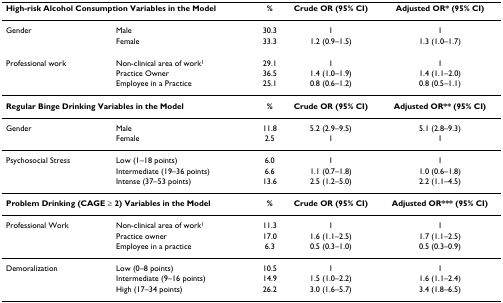
<table><thead><tr><td colspan="2"><b>High-risk Alcohol Consumption Variables in the Model</b></td><td><b>%</b></td><td><b>Crude OR (95% CI)</b></td><td><b>Adjusted OR* (95% CI)</b></td></tr></thead><tbody><tr><td>Gender</td><td>Male</td><td>30.3</td><td>1</td><td>1</td></tr><tr><td>[EMPTY_CELL]</td><td>Female</td><td>33.3</td><td>1.2 (0.9–1.5)</td><td>1.3 (1.0–1.7)</td></tr><tr><td>Professional work</td><td>Non-clinical area of work<sup>1</sup></td><td>29.1</td><td>1</td><td>1</td></tr><tr><td>[EMPTY_CELL]</td><td>Practice Owner</td><td>36.5</td><td>1.4 (1.0–1.9)</td><td>1.4 (1.1–2.0)</td></tr><tr><td>[EMPTY_CELL]</td><td>Employee in a Practice</td><td>25.1</td><td>0.8 (0.6–1.2)</td><td>0.8 (0.5–1.1)</td></tr><tr><td colspan="2"><b>Regular Binge Drinking Variables in the Model</b></td><td><b>%</b></td><td><b>Crude OR (95% CI)</b></td><td><b>Adjusted OR** (95% CI)</b></td></tr><tr><td>Gender</td><td>Male</td><td>11.8</td><td>5.2 (2.9–9.5)</td><td>5.1 (2.8–9.3)</td></tr><tr><td>[EMPTY_CELL]</td><td>Female</td><td>2.5</td><td>1</td><td>1</td></tr><tr><td>Psychosocial Stress</td><td>Low (1–18 points)</td><td>6.0</td><td>1</td><td>1</td></tr><tr><td>[EMPTY_CELL]</td><td>Intermediate (19–36 points)</td><td>6.6</td><td>1.1 (0.7–1.8)</td><td>1.0 (0.6–1.8)</td></tr><tr><td>[EMPTY_CELL]</td><td>Intense (37–53 points)</td><td>13.6</td><td>2.5 (1.2–5.0)</td><td>2.2 (1.1–4.5)</td></tr><tr><td colspan="2"><b>Problem Drinking (CAGE ≥ 2) Variables in the Model</b></td><td><b>%</b></td><td><b>Crude OR (95% CI)</b></td><td><b>Adjusted OR*** (95% CI)</b></td></tr><tr><td>Professional Work</td><td>Non-clinical area of work<sup>1</sup></td><td>11.3</td><td>1</td><td>1</td></tr><tr><td>[EMPTY_CELL]</td><td>Practice owner</td><td>17.0</td><td>1.6 (1.1–2.5)</td><td>1.7 (1.1–2.5)</td></tr><tr><td>[EMPTY_CELL]</td><td>Employee in a practice</td><td>6.3</td><td>0.5 (0.3–1.0)</td><td>0.5 (0.3–0.9)</td></tr><tr><td>Demoralization</td><td>Low (0–8 points)</td><td>10.5</td><td>1</td><td>1</td></tr><tr><td>[EMPTY_CELL]</td><td>Intermediate (9–16 points)</td><td>14.9</td><td>1.5 (1.0–2.2)</td><td>1.6 (1.1–2.4)</td></tr><tr><td>[EMPTY_CELL]</td><td>High (17–34 points)</td><td>26.2</td><td>3.0 (1.6–5.7)</td><td>3.4 (1.8–6.5)</td></tr></tbody></table>